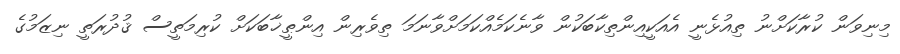
މިނިވަން ކުރާކަށްނު ތިއުޅެނީ އެއަކީއިންތިކާބަކުން ވާނެކަމެއްކަމަށްވާނަމަ ތިވެރިން އިންޠީޚާބަކަށް ކުރިމަތީސް ޤުދުރަތީ ނިޒަމުގެ